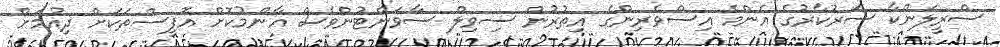
ސްރީލަންކާ ސަރުކާރުގެ އެންމެ އިސްވެރިންގެ އިތުރުން ސިވިލް ސާވަންޓުންވެސް އާންމުކޮށް އޮފީސްތަކަށް ދިއުމަށް